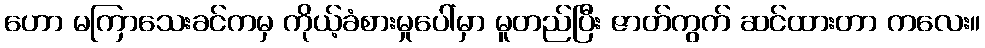
ဟော မကြာသေးခင်ကမှ ကိုယ့်ခံစားမှုပေါ်မှာ မူတည်ပြီး ဇာတ်ကွက် ဆင်ထားတာ ကလေး။